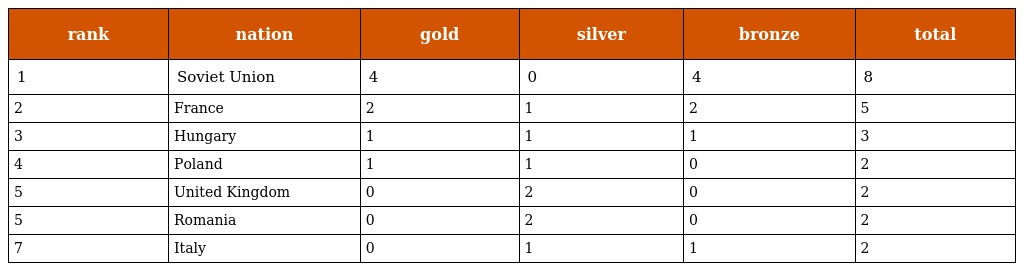
| rank | nation | gold | silver | bronze | total |
 | --- | --- | --- | --- | --- | --- |
 | 1 | Soviet Union | 4 | 0 | 4 | 8 |
 | 2 | France | 2 | 1 | 2 | 5 |
 | 3 | Hungary | 1 | 1 | 1 | 3 |
 | 4 | Poland | 1 | 1 | 0 | 2 |
 | 5 | United Kingdom | 0 | 2 | 0 | 2 |
 | 5 | Romania | 0 | 2 | 0 | 2 |
 | 7 | Italy | 0 | 1 | 1 | 2 |